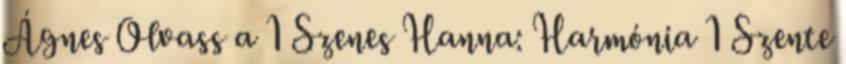
Ágnes Olvass a 1 Szenes Hanna: Harmónia 1 Szente